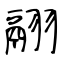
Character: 翮